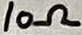
Text: 10Ω